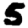
Digit: 5